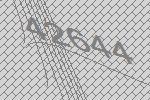
42644